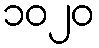
၁၀၂၀